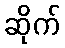
ဆိုက်